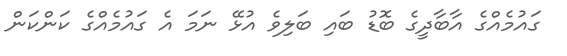
ގައުމެއްގެ އާބާދީގެ ބޮޑު ބައި ބަލިވެ އުޅޭ ނަމަ އެ ގައުމެއްގެ ކަންކަން